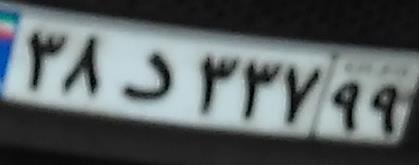
۳۸د۳۳۷۹۹